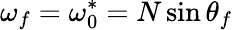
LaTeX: \omega_{f}=\omega_{0}^{*}=N\sin\theta_{f}